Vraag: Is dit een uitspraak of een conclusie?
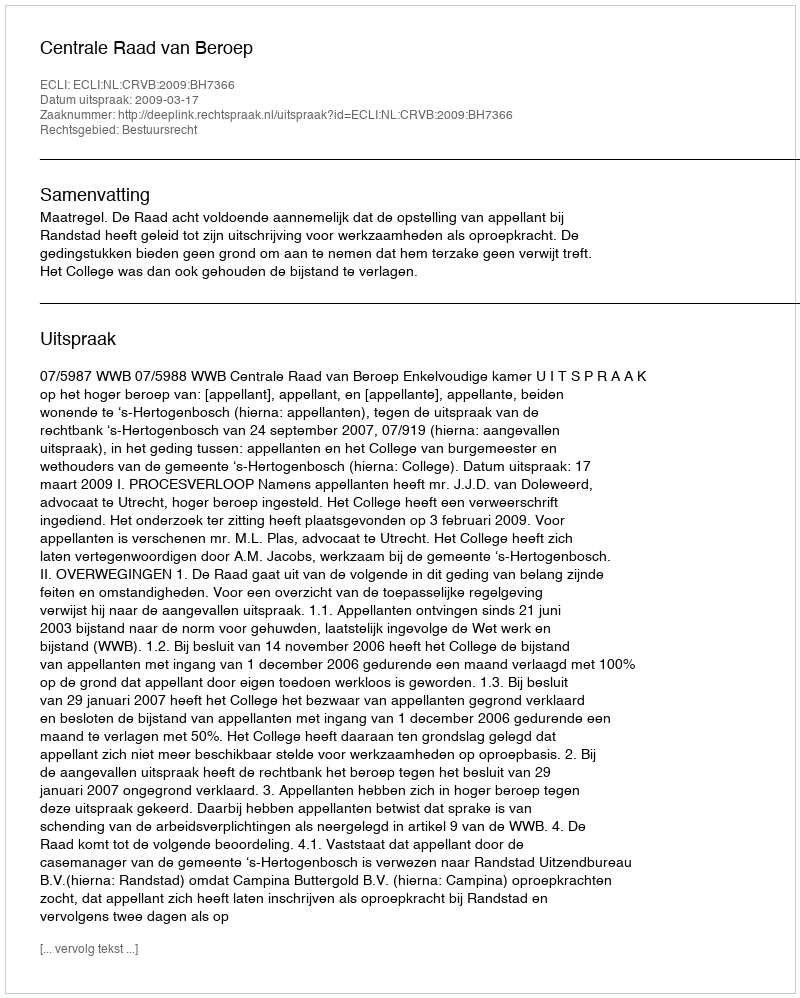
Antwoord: Uitspraak